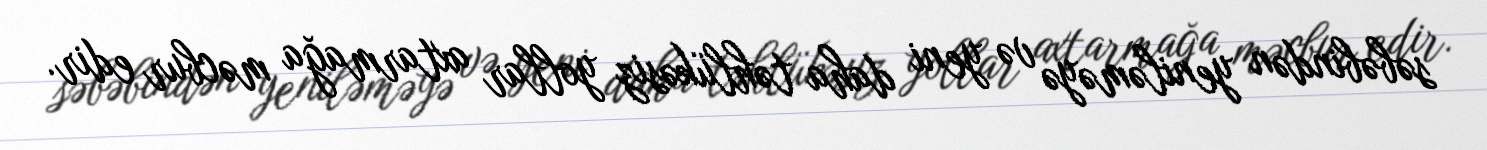
səbəbindən yeniləməyə və yeni daha təhlükəsiz yollar axtarmağa məcbur edir.